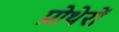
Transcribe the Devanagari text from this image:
प्रोथेरों